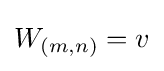
W_{(m,n)}=v